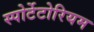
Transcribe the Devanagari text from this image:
स्पोर्टेटोरियम